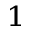
_ 1